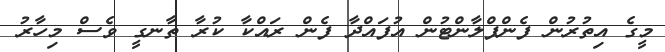
މީގެ އިތުރުން ފެންޕްލާންޓުން އުފައްދާ ފެން ރައްކާ ކުރާ ތާނގީ ވެސް މިހާރު